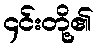
၄င်းတို့၏